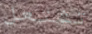
تشتعل